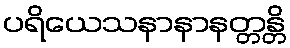
ပရိယေသနာနာနတ္တန္တိ